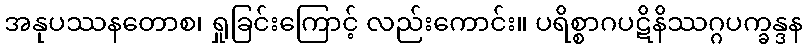
အနုပဿနတောစ၊ ရှုခြင်းကြောင့် လည်းကောင်း။ ပရိစ္စာဂပဋိနိဿဂ္ဂပက္ခန္ဒန